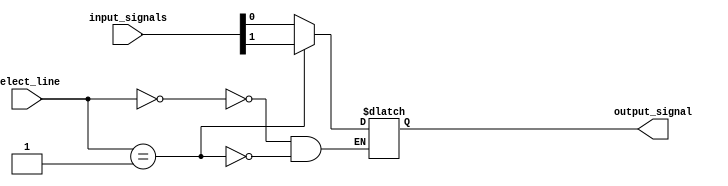
module multiplexer_1024_to_1 (
    input [1023:0] input_signals,
    input [9:0] select_line,
    output reg output_signal
);

always @(*) begin
    case(select_line)
        10'b0000000000: output_signal = input_signals[0];
        10'b0000000001: output_signal = input_signals[1];
        // Continue with cases for all 1024 inputs
    endcase
end

endmodule